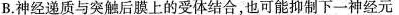
B.神经递质与突触后膜上的受体结合，也可能抑制下一神经元